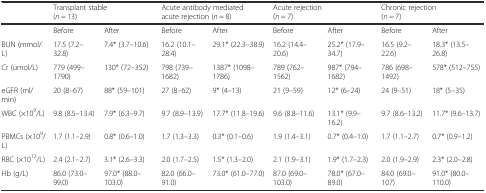
<table><thead><tr><td></td><td colspan="2"><b>Transplant stable (<i>n</i> = 13)</b></td><td colspan="2"><b>Acute antibody mediated acute rejection (<i>n</i> = 8)</b></td><td colspan="2"><b>Acute rejection (<i>n</i> = 7)</b></td><td colspan="2"><b>Chronic rejection (<i>n</i> = 7)</b></td></tr></thead><tbody><tr><td></td><td>Before</td><td>After</td><td>Before</td><td>After</td><td>Before</td><td>After</td><td>Before</td><td>After</td></tr><tr><td>BUN (mmol/L)</td><td>17.5 (7.2–32.8)</td><td>7.4* (3.7–10.6)</td><td>16.2 (10.1–28.4)</td><td>29.1* (22.3–38.9)</td><td>16.2 (14.4–20.6)</td><td>25.2* (17.9–34.7)</td><td>16.5 (9.2–22.6)</td><td>18.3* (13.5–26.8)</td></tr><tr><td>Cr (umol/L)</td><td>779 (499–1790)</td><td>130* (72–352)</td><td>798 (739–1682)</td><td>1387* (1098–1786)</td><td>789 (762–1562)</td><td>987* (794–1682)</td><td>786 (698–1492)</td><td>578* (512–755)</td></tr><tr><td>eGFR (ml/min)</td><td>20 (8–67)</td><td>88* (59–101)</td><td>27 (8–62)</td><td>9* (4–13)</td><td>21 (9–59)</td><td>12* (6–24)</td><td>24 (9–51)</td><td>18* (5–35)</td></tr><tr><td>WBC (×10<sup>9</sup>/L)</td><td>9.8 (8.5–13.4)</td><td>7.9* (6.3–9.7)</td><td>9.7 (8.9–13.9)</td><td>17.7* (11.8–19.6)</td><td>9.6 (8.8–11.6)</td><td>13.1* (9.9–16.2)</td><td>9.7 (8.6–13.2)</td><td>11.7* (9.6–13.7)</td></tr><tr><td>PBMCs (×10<sup>9</sup>/L)</td><td>1.7 (1.1–2.9)</td><td>0.8* (0.6–1.0)</td><td>1.7 (1.3–3.3)</td><td>0.3* (0.1–0.6)</td><td>1.9 (1.4–3.1)</td><td>0.7* (0.4–1.0)</td><td>1.7 (1.1–2.7)</td><td>0.7* (0.9–1.2)</td></tr><tr><td>RBC (×10<sup>12</sup>/L)</td><td>2.4 (2.1–2.7)</td><td>3.1* (2.6–3.3)</td><td>2.0 (1.7–2.5)</td><td>1.5* (1.3–2.0)</td><td>2.1 (1.9–3.1)</td><td>1.9* (1.7–2.3)</td><td>2.0 (1.9–2.9)</td><td>2.3* (2.0–2.8)</td></tr><tr><td>Hb (g/L)</td><td>86.0 (73.0–99.0)</td><td>97.0* (88.0–103.0)</td><td>82.0 (66.0–91.0)</td><td>73.0* (61.0–77.0)</td><td>87.0 (69.0–103.0)</td><td>78.0* (67.0–89.0)</td><td>84.0 (69.0–107)</td><td>91.0* (80.0–110.0)</td></tr></tbody></table>